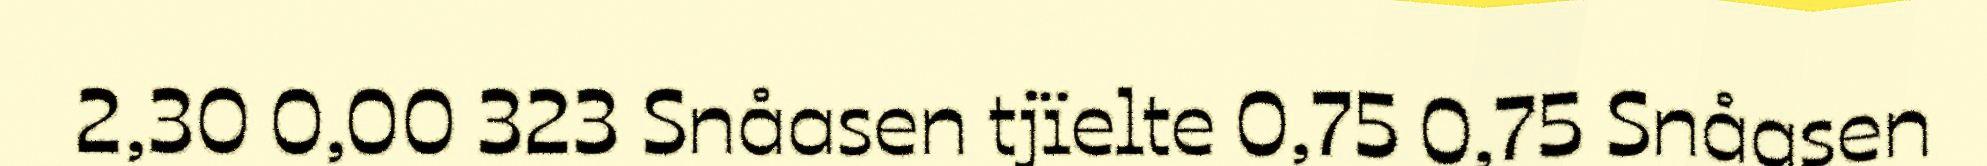
2,30 0,00 323 Snåasen tjïelte 0,75 0,75 Snåasen